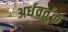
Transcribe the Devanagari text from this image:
अर्धवर्तुळ